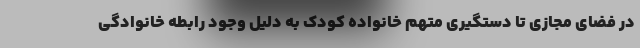
در فضای مجازی تا دستگیری متهم خانواده کودک به دلیل وجود رابطه خانوادگی